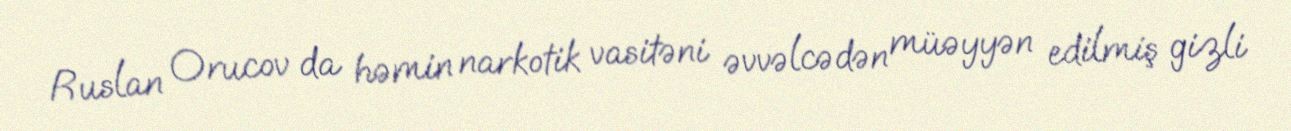
Ruslan Orucov da həmin narkotik vasitəni əvvəlcədən müəyyən edilmiş gizli